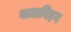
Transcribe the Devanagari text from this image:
बालविहग